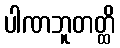
ပါဏဘူတတ္ထိ